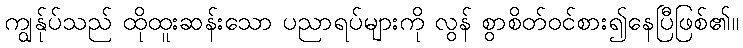
ကျွန်ုပ်သည် ထိုထူးဆန်းသော ပညာရပ်များကို လွန် စွာစိတ်ဝင်စား၍နေပြီဖြစ်၏။